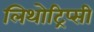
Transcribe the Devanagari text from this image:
लिथोट्रिप्सी